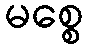
မစ္စေ